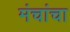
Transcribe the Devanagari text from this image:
मंचांचा